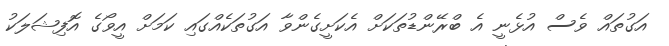
އަގުތައް ވެސް އުޅެނީ އެ ބްރޭންޑުތަކަށް އެކަށީގެންވާ އަގުތަކެއްގައި ކަމަށް އީވޯގެ އޮފިޝަލަކު